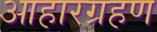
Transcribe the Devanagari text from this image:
आहारग्रहण